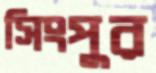
সিংপুর